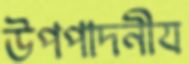
উপপাদনীয